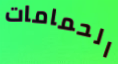
الحمامات